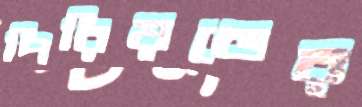
পিরিয়ডের